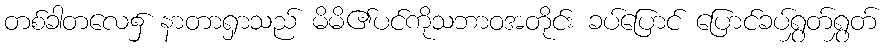
တစ်ခါတလေ၌ နာတာရှာသည် မိမိ၏ပင်ကိုသဘာဝအတိုင်း ခပ်ပြောင် ပြောင်ခပ်ရွှတ်ရွှတ်